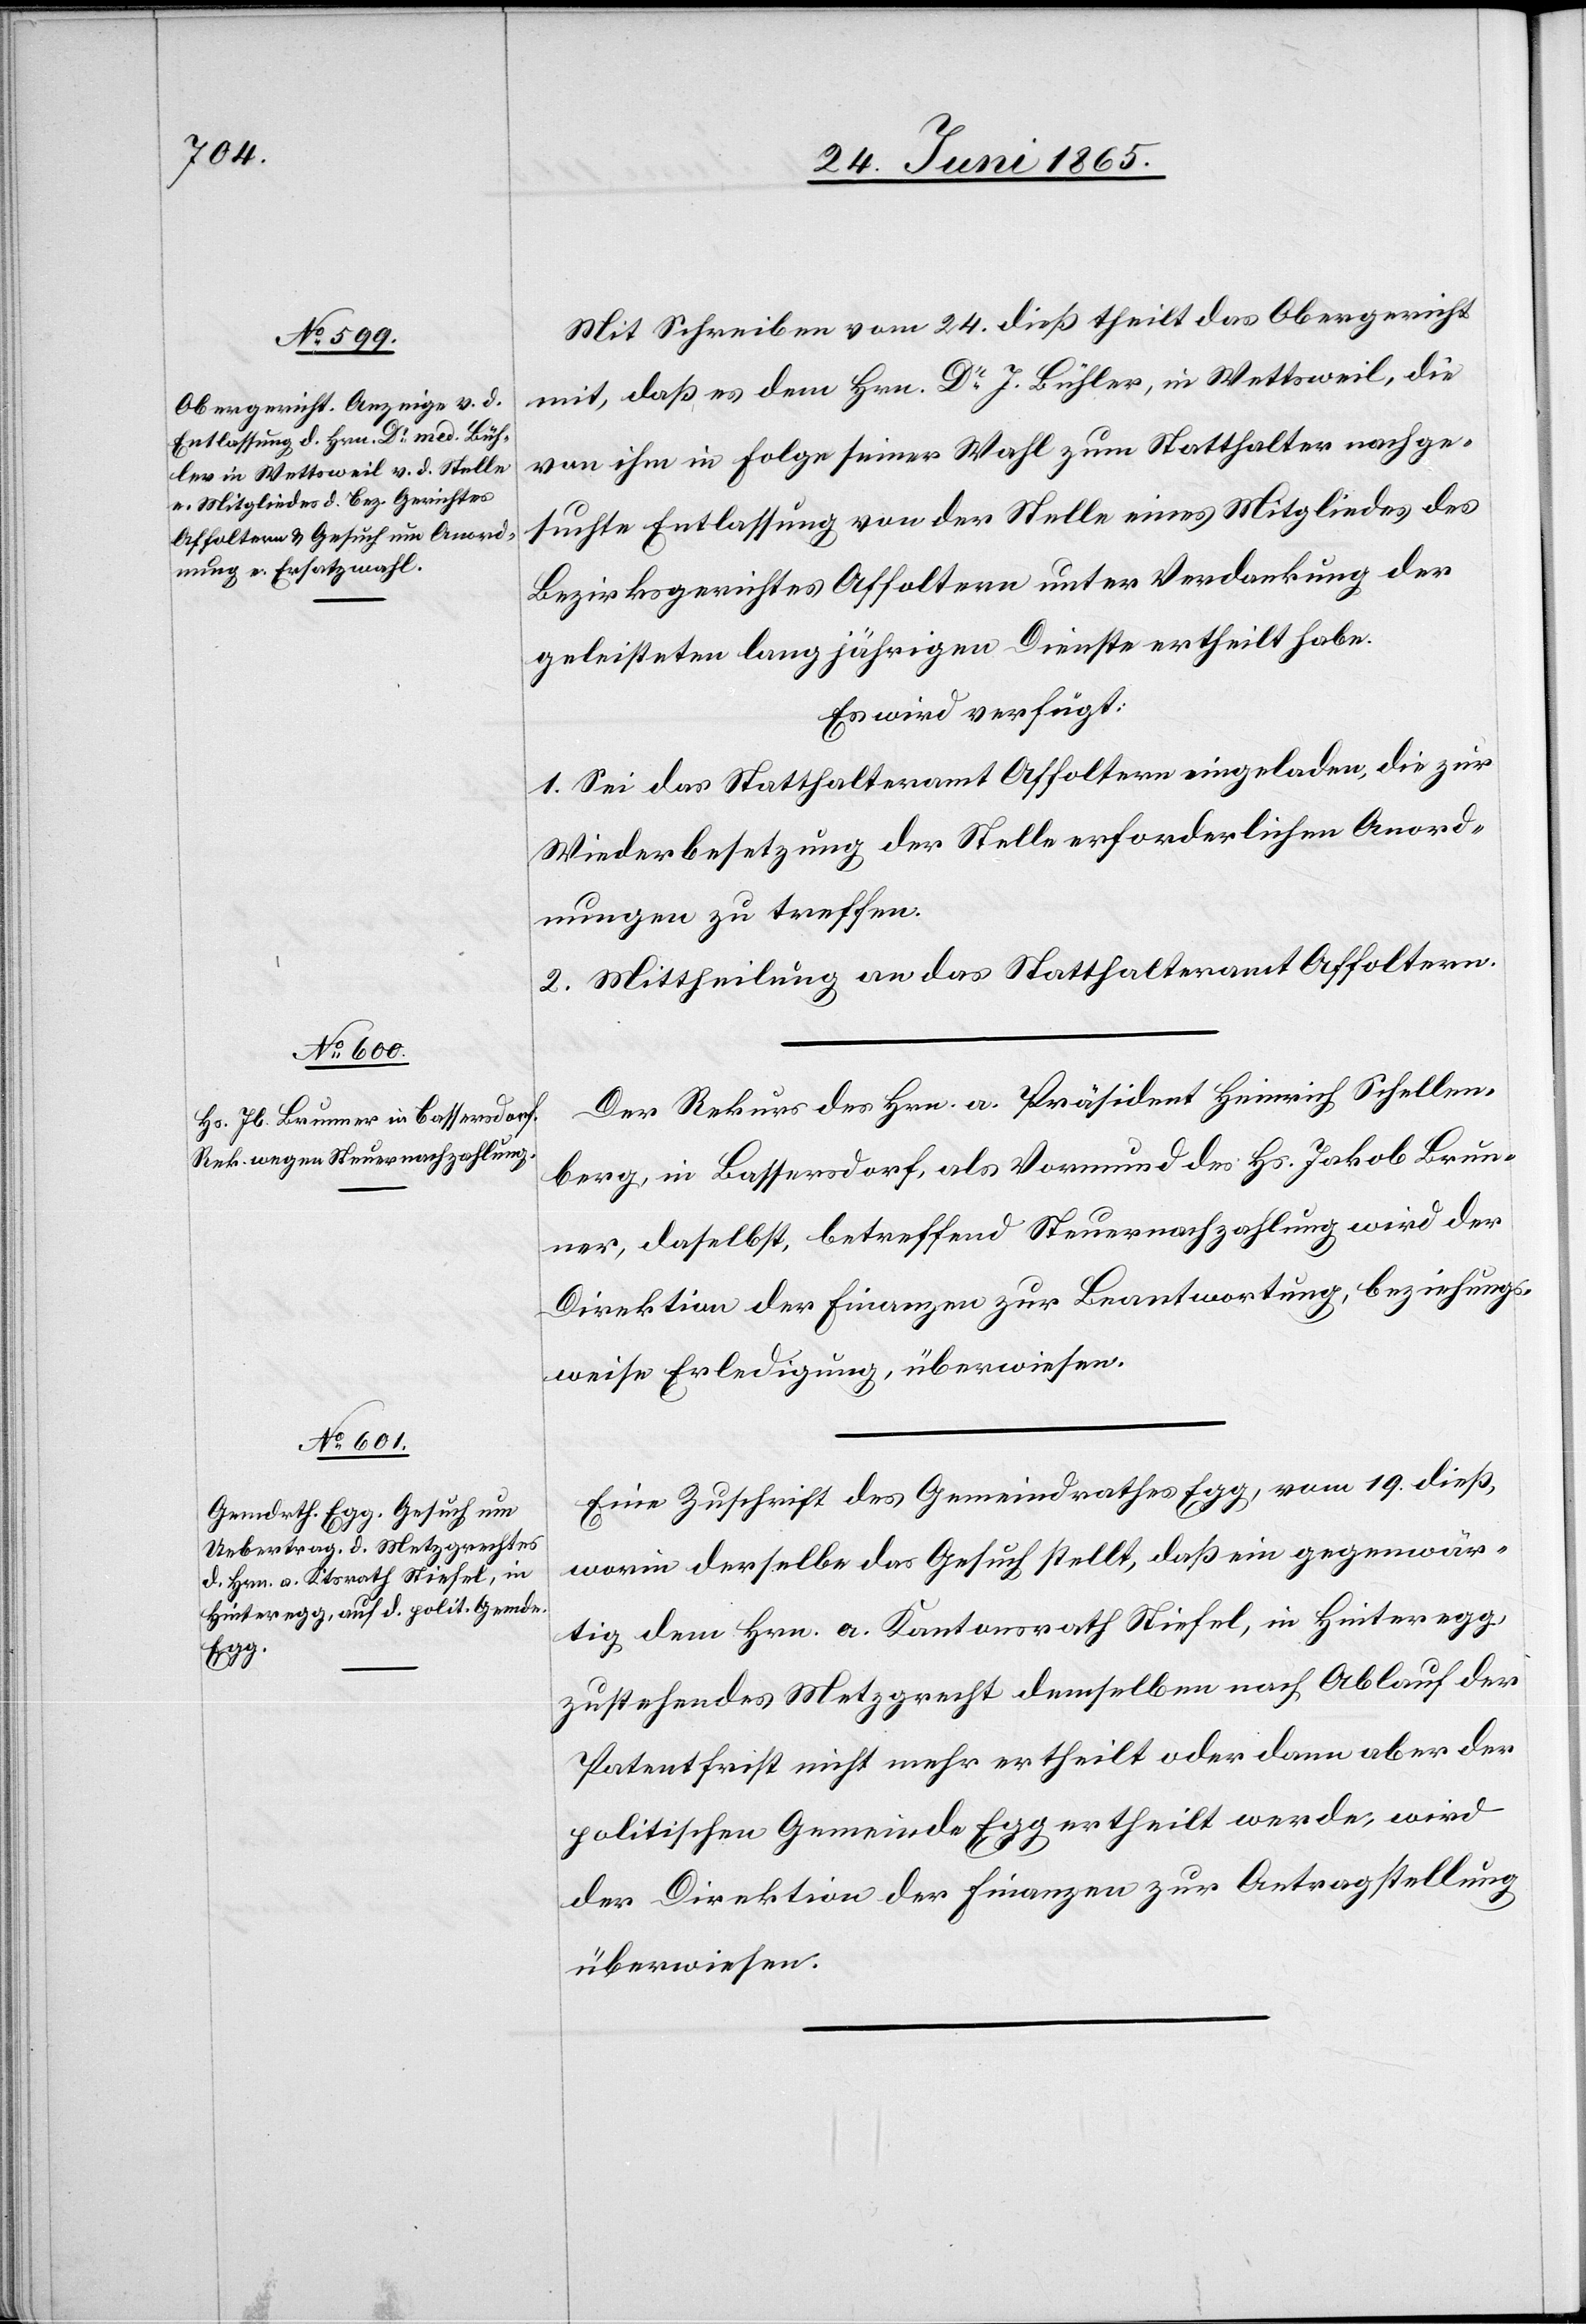
27. Juni 1865.]
Mit Schreiben vom 24. dieß theilt das Obergericht
mit, daß es dem Hrn. Dr J. Bühler, in Wettsweil, die
von ihm in Folge seiner Wahl zum Statthalter nachge¬
suchte Entlassung von der Stelle eines Mitgliedes des
Bezirksrathes Affoltern unter Verdankung der
geleisteten langjährigen Dienste ertheilt habe.
Es wird verfügt:
1. Sei das Statthalteramt Affoltern eingeladen, die zur
Wiederbesetzung der Stelle erforderlichen Anord¬
nungen zu treffen.
2. Mittheilung an das Statthalteramt Affoltern.
Der Rekurs des Hrn. a. Präsident Heinrich Schellen¬
berg, in Bassersdorf, als Vormund des Hs. Jakob Brun¬
ner, daselbst, betreffend Steuernachzahlung wird der
Direktion der Finanzen zur Beantwortung, beziehungs¬
weise Erledigung, überwiesen.
Eine Zuschrift des Gemeindrathes Egg, vom 19. dieß,
worin derselbe das Gesuch stellt, daß ein gegenwär¬
tig dem Hrn. a. Kantonsrath Stiefel, in Hinteregg,
zustehendes Metzgrecht demselben nach Ablauf der
Patentfrist nicht mehr ertheilt oder dann aber der
politischen Gemeinde Egg ertheilt werde, wird
der Direktion der Finanzen zur Antragstellung
überwiesen.